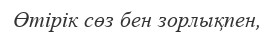
Өтірік сөз бен зорлықпен,